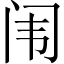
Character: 闱